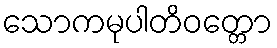
သောကမုပါတိဝတ္တော